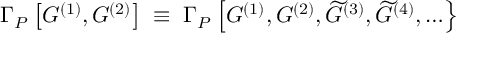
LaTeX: \Gamma _ { P } \left[ { \cal G } ^ { ( 1 ) } , { \cal G } ^ { ( 2 ) } \right] \; \equiv \; \Gamma _ { P } \left[ { \cal G } ^ { ( 1 ) } , { \cal G } ^ { ( 2 ) } , \widetilde { { \cal G } } ^ { ( 3 ) } , \widetilde { { \cal G } } ^ { ( 4 ) } , \ldots \right\} \; \; \; \; \; \; \;